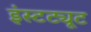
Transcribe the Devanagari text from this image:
इंस्‍टट्यूट